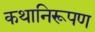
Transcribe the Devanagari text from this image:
कथानिरूपण